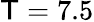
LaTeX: \mathsf{T}=7.5